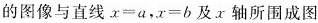
的图像与直线 $$x = a$$，$$x = b$$及x轴所围成图